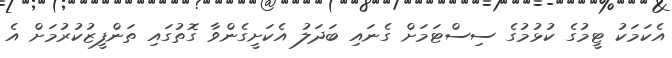
އެކަމަކު ޓީމުގެ ކުޅުމުގެ ސިސްޓަމަށް ގެނައި ބަދަލު އެކަށީގެންވާ ގޮތުގައި ތަންފީޒުކުރުމަށް އެ